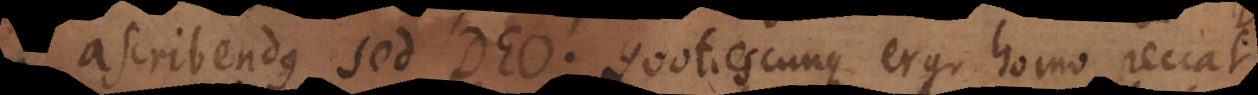
ascribendus sed Deo. Quotiescumque ergo homo peccat,